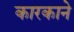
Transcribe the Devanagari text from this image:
कारकाने